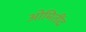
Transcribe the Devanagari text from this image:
ओमितींद